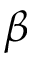
\beta